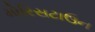
મોરિસટાઉન